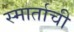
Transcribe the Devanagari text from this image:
स्मार्ताची